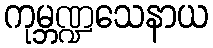
ကုမ္ဘဏ္ဍသေနာယ